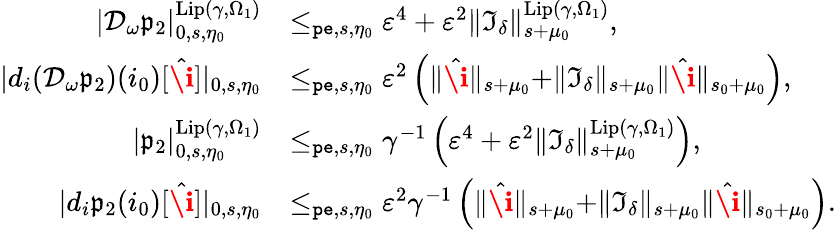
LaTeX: \begin{array}{rl}{|\mathcal{D}_{\omega}\mathfrak{p}_{2}|_{0,s,\eta_{0}}^{\mathrm{Lip}(\gamma,\Omega_{1})}}&{\le_{\mathtt{pe},s,\eta_{0}}\varepsilon^{4}+\varepsilon^{2}\rVert\mathfrak{I}_{\delta}\rVert_{s+\mu_{0}}^{\mathrm{Lip}(\gamma,\Omega_{1})},}\\ {|d_{i}(\mathcal{D}_{\omega}\mathfrak{p}_{2})(i_{0})[\hat{\textbf{\i}}]|_{0,s,\eta_{0}}}&{\le_{\mathtt{pe},s,\eta_{0}}\varepsilon^{2}\left(\rVert\hat{\textbf{\i}}\rVert_{s+\mu_{0}}+\rVert\mathfrak{I}_{\delta}\rVert_{s+\mu_{0}}\rVert\hat{\textbf{\i}}\rVert_{s_{0}+\mu_{0}}\right),}\\ {|\mathfrak{p}_{2}|_{0,s,\eta_{0}}^{\mathrm{Lip}(\gamma,\Omega_{1})}}&{\le_{\mathtt{pe},s,\eta_{0}}\gamma^{-1}\left(\varepsilon^{4}+\varepsilon^{2}\rVert\mathfrak{I}_{\delta}\rVert_{s+\mu_{0}}^{\mathrm{Lip}(\gamma,\Omega_{1})}\right),}\\ {|d_{i}\mathfrak{p}_{2}(i_{0})[\hat{\textbf{\i}}]|_{0,s,\eta_{0}}}&{\le_{\mathtt{pe},s,\eta_{0}}\varepsilon^{2}\gamma^{-1}\left(\rVert\hat{\textbf{\i}}\rVert_{s+\mu_{0}}+\rVert\mathfrak{I}_{\delta}\rVert_{s+\mu_{0}}\rVert\hat{\textbf{\i}}\rVert_{s_{0}+\mu_{0}}\right).}\end{array}